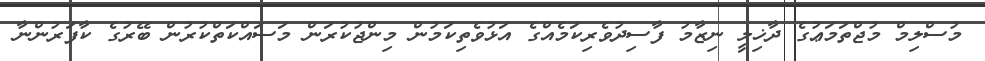
މުސްލިމް މުޖްތަމަޢުގެ ދާޚިލީ ނިޒާމު ފާސިދުވެރިކަމެއްގެ އަޅުވެތިކަމުން މިންޖުކުރަން މަސައްކަތްކުރުން ބޭރުގެ ކާފަރުންނާ